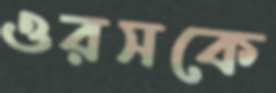
ওরসকে